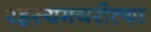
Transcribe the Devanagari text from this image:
रहस्यमयरीत्या